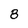
Character: 8